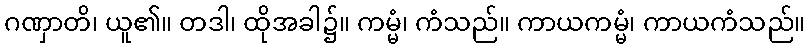
ဂဏှာတိ၊ ယူ၏။ တဒါ၊ ထိုအခါ၌။ ကမ္မံ၊ ကံသည်။ ကာယကမ္မံ၊ ကာယကံသည်။